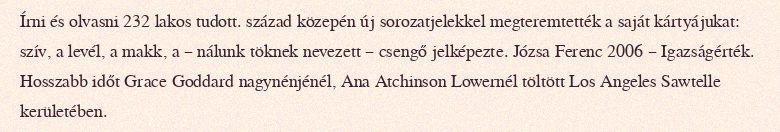
Írni és olvasni 232 lakos tudott. század közepén új sorozatjelekkel megteremtették a saját kártyájukat: szív, a levél, a makk, a – nálunk töknek nevezett – csengő jelképezte. Józsa Ferenc 2006 – Igazságérték. Hosszabb időt Grace Goddard nagynénjénél, Ana Atchinson Lowernél töltött Los Angeles Sawtelle kerületében.